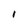
Character: 1